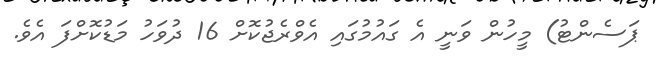
ޕަސެންޓު) މީހުން ވަނީ އެ ގައުމުގައި އެވްރެޖުކޮށް 16 ދުވަހު މަޑުކޮށްފަ އެވެ.